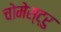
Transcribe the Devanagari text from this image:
चोमेस्ट्रु